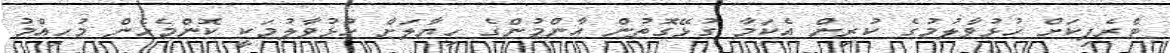
ޓްރެފިކަށް ހުޅުވާލުމުގެ ކުރިން އެކަމާ ގުޅޭގޮތުން އާންމުންގެ ހިޔާލަށް ހުޅުވާލުމަކީ ކޮންމެހެން މުހިއްމު